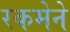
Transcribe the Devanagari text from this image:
रकमेने